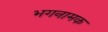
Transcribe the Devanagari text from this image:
भगनामक